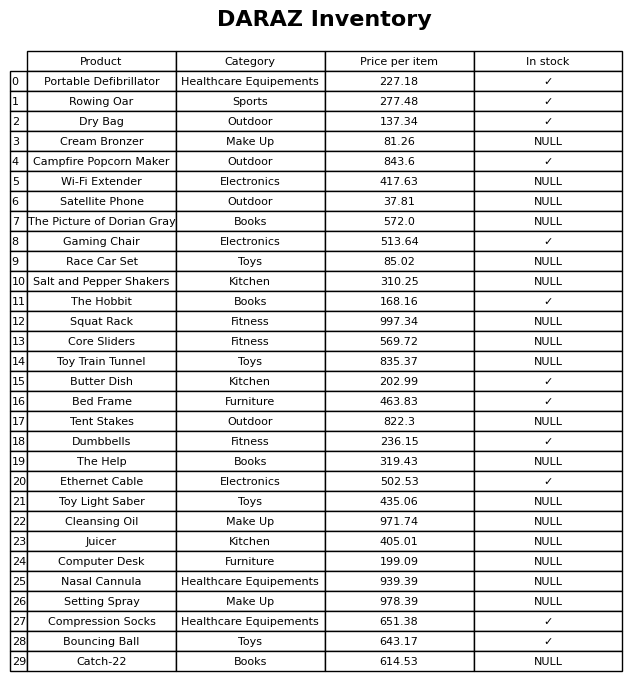
question: What is the price for Dry Bag?
answer: The price of Dry Bag is 137.34.